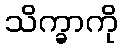
သိက္ခာကို